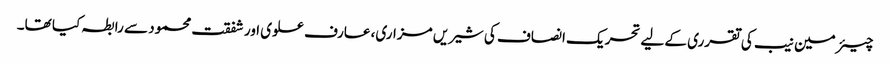
چیئرمین نیب کی تقرری کے لیے تحریک انصاف کی شیریں مزاری، عارف علوی اور شفقت محمود سے رابطہ کیا تھا۔